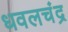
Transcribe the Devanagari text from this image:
धवलचंद्र